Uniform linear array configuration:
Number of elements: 8
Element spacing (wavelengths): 1
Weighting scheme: blackman
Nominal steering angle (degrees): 60
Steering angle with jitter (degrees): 61.292
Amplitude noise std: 0.05
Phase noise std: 0.05

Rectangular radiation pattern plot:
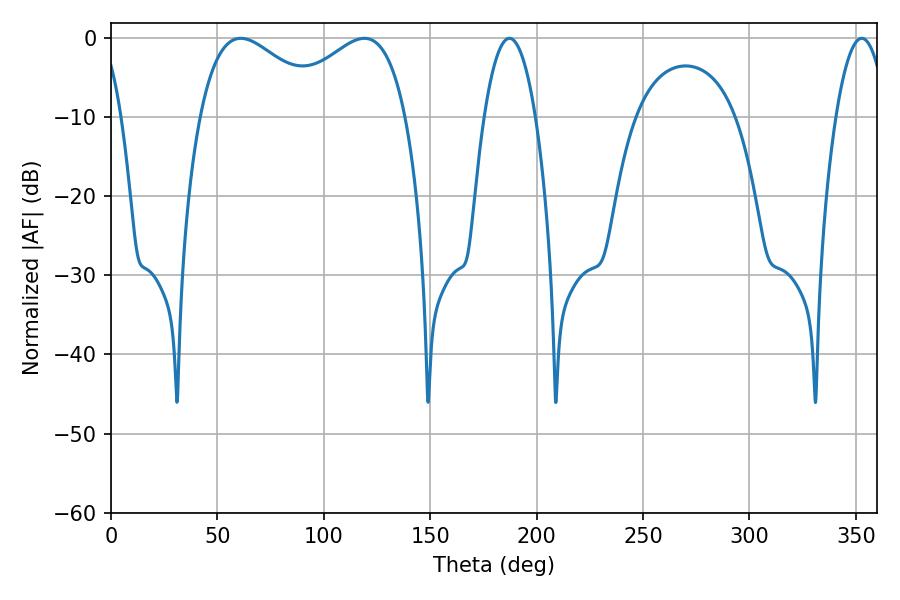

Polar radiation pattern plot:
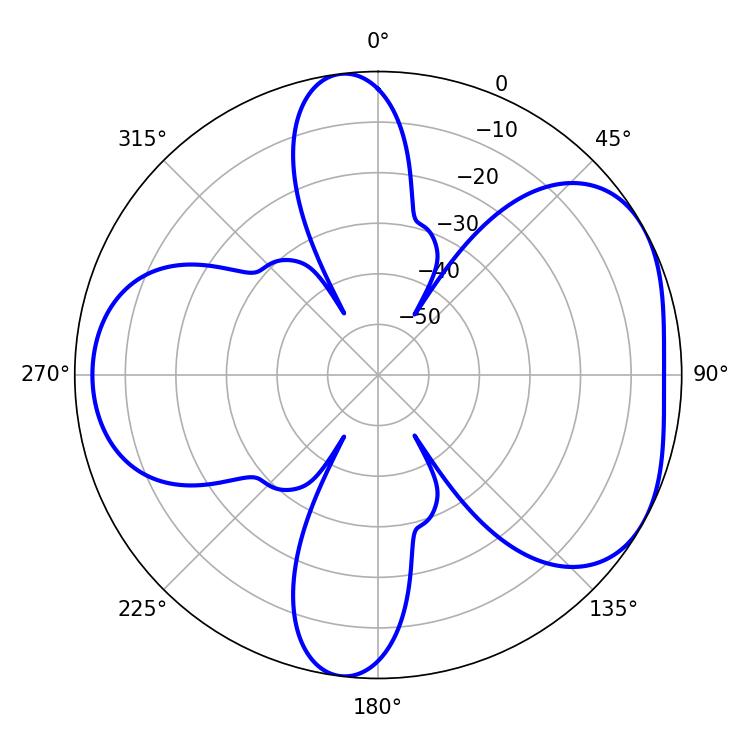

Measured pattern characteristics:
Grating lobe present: TRUE
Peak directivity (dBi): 4.793
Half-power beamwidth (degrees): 13.32
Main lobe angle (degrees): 187.2